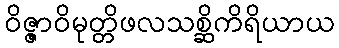
ဝိဇ္ဇာဝိမုတ္တိဖလသစ္ဆိကိရိယာယ